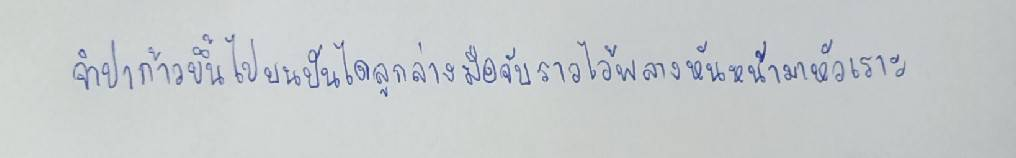
จำปาก้าวขึ้นไปบนบันไดลูกล่างมือจับราวไว้พลางหันหน้ามาหัวเราะ